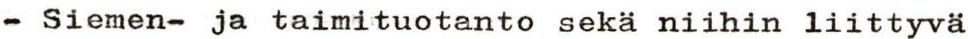
- Siemen- ja taimituotanto sekä niihin liittyvä